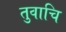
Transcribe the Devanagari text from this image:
तुवाचि